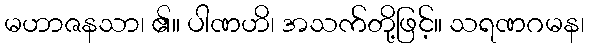
မဟာဇနသာ၊ ၏။ ပါဏဟိ၊ အသက်တို့ဖြင့်။ သရဏဂမန၊